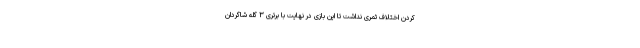
کردن اختلاف ثمری نداشت تا این بازی در نهایت با برتری ۳ گله شاگردان